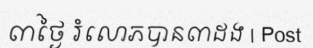
៣ថ្ងៃ រំលោភបាន៣ដង | Post